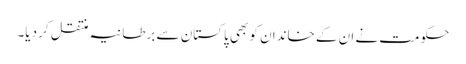
حکومت نے ان کے خاندان کو بھی پاکستان سے برطانیہ منتقل کر دیا۔